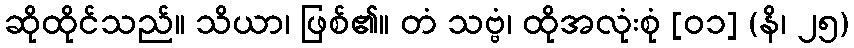
ဆိုထိုင်သည်။ သိယာ၊ ဖြစ်၏။ တံ သဗ္ဗံ၊ ထိုအလုံးစုံ [၀၁] (နိ၊ ၂၅)